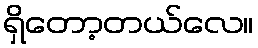
ရှိတော့တယ်လေ။